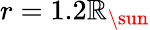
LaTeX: r=1.2\mathbb{R}_{\sun}